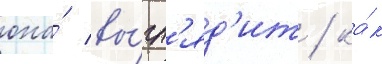
она́ вы́гл'яд'ит / ка́к